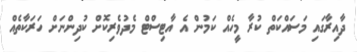
ދާއިރާގައި މަސައްކަތް ކުރާ މީހެއް ކަމުން އެ އާޓިސްޓް މެދުވެރިކޮށް ކުދިންނަށް ހަރަކާތެއް